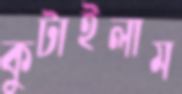
কুটাইলাম